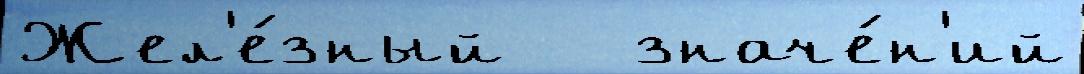
Жел'е́зный   значе́н'ий